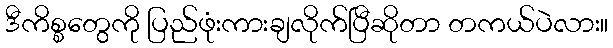
ဒီကိစ္စတွေကို ပြည်ဖုံးကားချလိုက်ပြီဆိုတာ တကယ်ပဲလား။